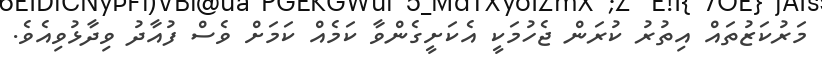
މަރުކަޒުތައް އިތުރު ކުރަން ޖެހުމަކީ އެކަށީގެންވާ ކަމެއް ކަމަށް ވެސް ފުއާދު ވިދާޅުވިއެވެ.